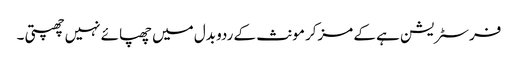
فرسٹریشن ہے کے مزکر مونث کے ردو بدل میں چھپائے نہیں چھپتی ۔